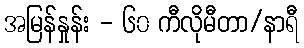
အမြန်နှုန်း - ၆၀ ကီလိုမီတာ/နာရီ